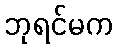
ဘုရင်မက